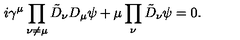
i \gamma ^ { \mu } \prod _ { \nu \ne \mu } \tilde { D } _ { \nu } D _ { \mu } \psi + \mu \prod _ { \nu } \tilde { D } _ { \nu } \psi = 0 .